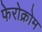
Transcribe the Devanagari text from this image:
फेरोक्रोम